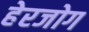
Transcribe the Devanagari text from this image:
हेरजोग